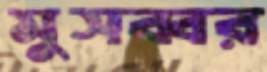
মুসব্বর